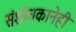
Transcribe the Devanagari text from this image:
संशोधकानेही